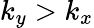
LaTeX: k_{y}>k_{x}